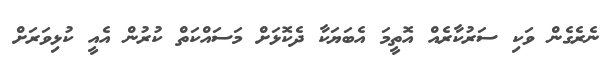
ނެރެގެން ވަކި ސަރުކާރެއް އޮތީމަ އެބަޔަކާ ދެކޮޅަށް މަސައްކަތް ކުރުން އެއީ ކުޅިވަރަށް